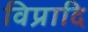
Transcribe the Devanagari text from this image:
विप्रादि